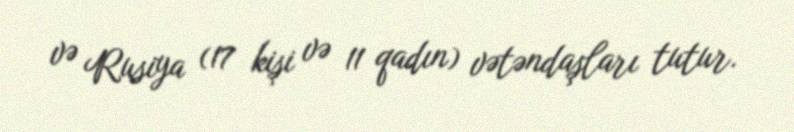
və Rusiya (17 kişi və 11 qadın) vətəndaşları tutur.